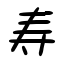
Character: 寿